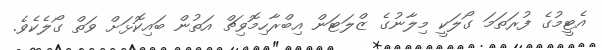
އެޓީމުގެ ފުރަތަމަ ގޯލަކީ މިލާނުގެ ޒްލަޓަން އިބްރާހިމޮވިޗް އަތުން ބައިކޮޅަށް ވަތް ގޯލެކެވެ.